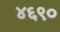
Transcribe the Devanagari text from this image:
४६९०